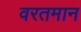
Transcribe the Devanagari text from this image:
वरतमान